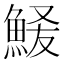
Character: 𫙞